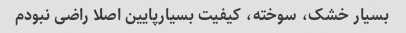
بسیار خشک، سوخته، کیفیت بسیارپایین اصلا راضی نبودم